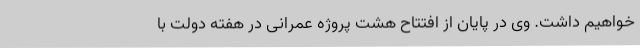
خواهیم داشت. وی در پایان از افتتاح هشت پروژه عمرانی در هفته دولت با